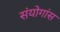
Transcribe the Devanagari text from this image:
संयोगांस